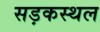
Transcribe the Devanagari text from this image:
सड़कस्थल